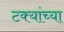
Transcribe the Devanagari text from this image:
टक्यांच्या